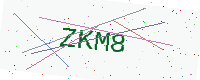
Text: ZKM8